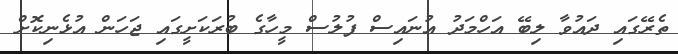
ތެރޭގައި ދައުވާ ލިބޭ އަހްމަދު އުނައިސް ފުލުސް މީހާގެ ބުރަކަށީގައި ޖަހަން އުޅެނިކޮށް